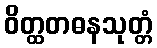
ဝိတ္ထတဓနသုတ္တံ